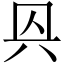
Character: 㒷